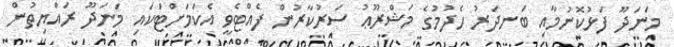
މަނަދޫ ފަޅުކޮނުމާއި ބަނދަރު ހެދުމުގެ މަޝްރޫޢު ސަރުކާރުން ފެއްޓެވީ އެކަމަށްޓަކައި މަނަދޫ ރައްޔިތުން